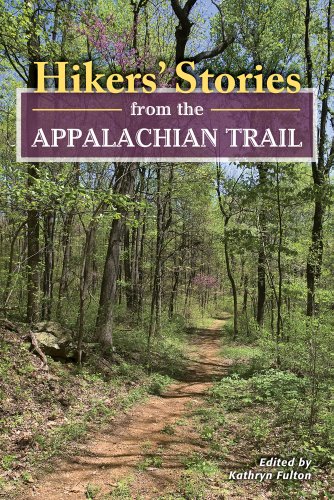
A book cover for Hikers' Stories from the Appalachian Trail; Sports & Outdoors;